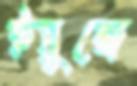
ইয়ুঙ্গে